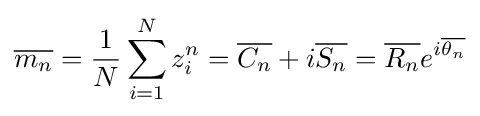
{\overline {m_{n}}}={\frac {1}{N}}\sum _{i=1}^{N}z_{i}^{n}={\overline {C_{n}}}+i{\overline {S_{n}}}={\overline {R_{n}}}e^{i{\overline {\theta _{n}}}}